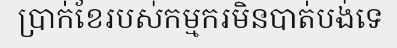
ប្រាក់ខែរបស់កម្មករមិនបាត់បង់ទេ